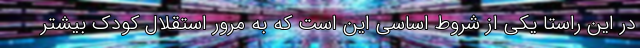
در این راستا یکی از شروط اساسی این است که به مرور استقلال کودک بیشتر